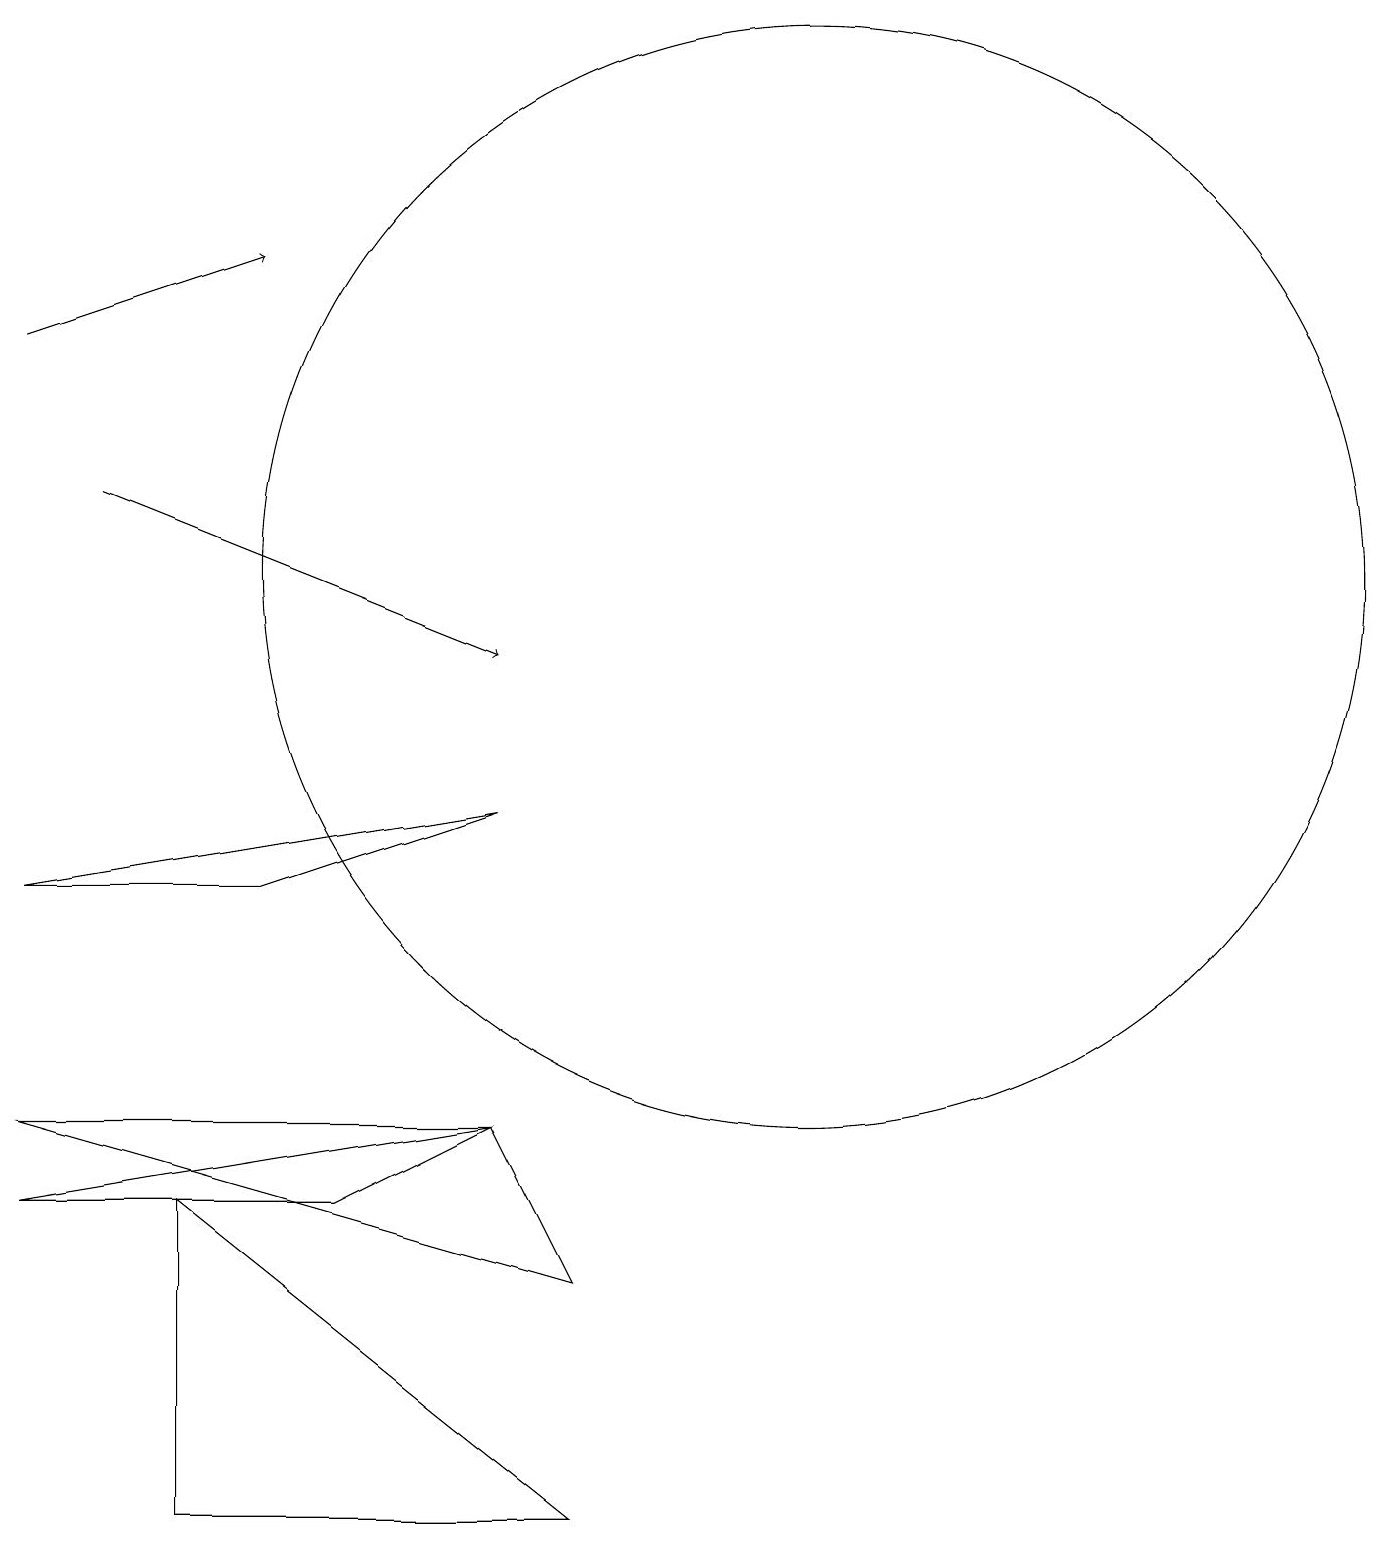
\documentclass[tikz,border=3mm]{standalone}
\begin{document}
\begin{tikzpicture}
\draw[->] (0,15) -- (3,16);
\draw (0,5) -- (6,5) -- (7,3) -- cycle;
\draw (6,9) -- (0,8) -- (3,8) -- cycle;
\draw (6,5) -- (4,4) -- (0,4) -- cycle;
\draw[->] (1,13) -- (6,11);
\draw (7,0) -- (2,0) -- (2,4) -- cycle;
\draw (10,12) circle (7);
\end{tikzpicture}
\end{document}